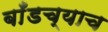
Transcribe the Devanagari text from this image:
बाँडच्याच